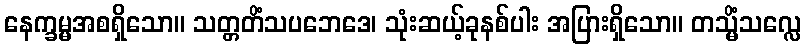
နေက္ခမ္မအစရှိသော။ သတ္တတိံသပဘေဒေ၊ သုံးဆယ့်ခုနစ်ပါး အပြားရှိသော။ တသ္မိံသလ္လေ